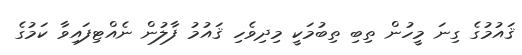
ޤައުމުގެ ގިނަ މީހުން ތިބި ތިބުމަކީ މިދިވެހި ޤައުމު ފާލުން ނެއްޓިފައިވާ ކަމުގެ